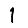
Digit: 1